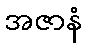
အဇာနံ